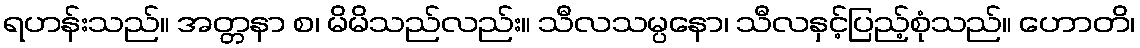
ရဟန်းသည်။ အတ္တနာ စ၊ မိမိသည်လည်း။ သီလသမ္ပနော၊ သီလနှင့်ပြည့်စုံသည်။ ဟောတိ၊